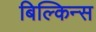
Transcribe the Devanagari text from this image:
बिल्किन्स